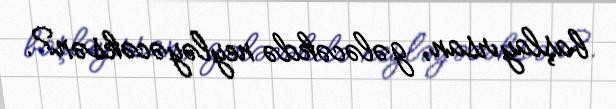
başlayırsan, gələcəkdə neyləyəcəksən?.